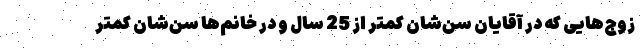
زوج‌هایی که در آقایان سن‌شان کمتر از 25 سال و در خانم‌ها سن‌شان کمتر